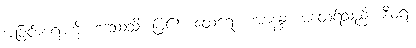
အခြင်းအရာကို။ ဒဿေသိ၊ ပြ၏။ ထေရော၊ အာနန္ဒာ မထေရ်သည်။ စီဝရံ၊